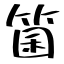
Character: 箘